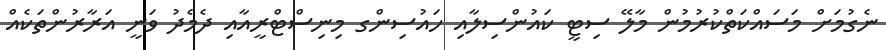
ނެގުމަށް މަސައްކަތްކުރުމުން މާލޭ ސިޓީ ކައުންސިލާއި ހައުސިންގ މިނިސްޓްރީއާއި ދެމެދު ވަނީ އަރާރުންތަކެއް